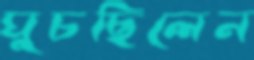
ঘুচছিলেন